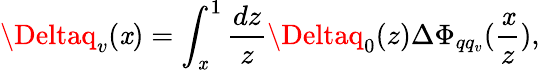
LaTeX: \Deltaq_{v}(\mathit{x})=\int_{\mathit{x}}^{1}\frac{{dz}}{{z}}\Deltaq_{0}(z)\Delta\Phi_{qq_{v}}(\frac{{\mathit{x}}}{{z}}),